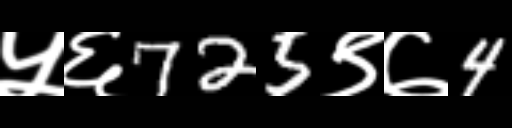
Text: ५६725९७4